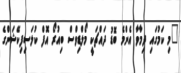
"މި ކަމުގައި ދިމާވާ އެންމެ ބޮޑު ދައްޗަކީ މޯލްޑިވްސް ބިއުރޯ އޮފް ކުލަސިފިކޭޝަންގެ